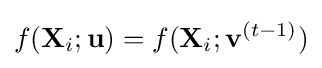
f(\mathbf {X} _{i};\mathbf {u} )=f(\mathbf {X} _{i};\mathbf {v} ^{(t-1)})